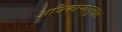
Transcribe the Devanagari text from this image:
अधिकाऱ्यानुसार